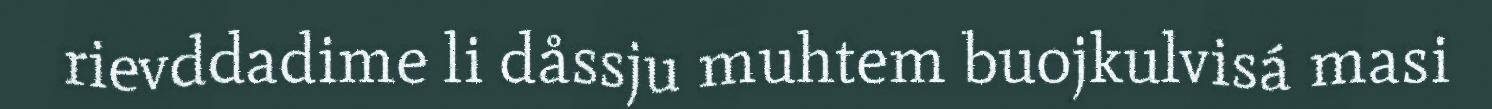
rievddadime li dåssju muhtem buojkulvisá masi